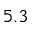
5 . 3